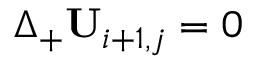
\Delta _ { + } \mathbf { U } _ { i + 1 , j } = 0